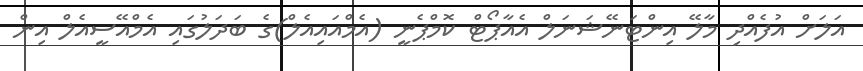
އަލަށް އުފެއްދި މާލޭ އިންޓަނޭޝަނަލް އެއާޕޯޓް ކޮމްޕެނީ (އެމްއައިއެލް)ގެ ބަދަލުގައި އެމްއޭސީއެލް އިން